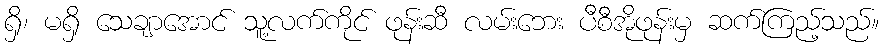
ရှိ၊ မရှိ သေချာအောင် သူ့လက်ကိုင် ဖုန်းဆီ လမ်းဘေး ပီစီအိုဖုန်းမှ ဆက်ကြည့်သည်။